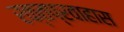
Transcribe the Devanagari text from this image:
रक्तप्रवाहास